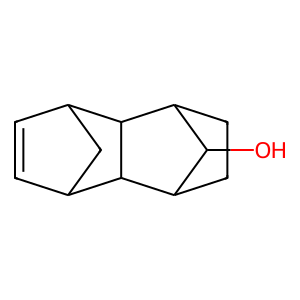
SMILES: OC1C2CCC1C1C3C=CC(C3)C21
Inhibits HIV replication: No